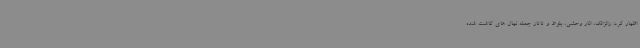
اظهار کرد: زالزالک، انار وحشی، بلوط و تاتاز جمله نهال های کاشت شده